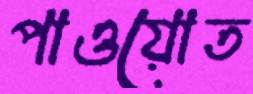
পাওয়োত